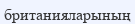
британияларының